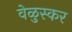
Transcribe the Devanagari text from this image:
वेळुस्कर